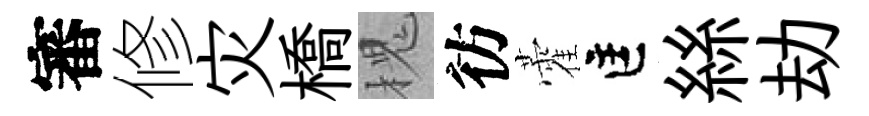
審修灾橋槐彷藿匡絲劫